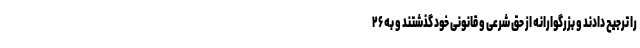
را ترجیح دادند و بزرگوارانه از حق شرعی و قانونی خود گذشتند و به ۲۶